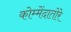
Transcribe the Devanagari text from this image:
कोम्मेंदातोरे